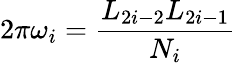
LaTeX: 2\pi\omega_{i}=\frac{L_{2i-2}L_{2i-1}}{N_{i}}